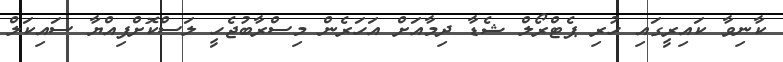
ކާނިވާ ކައިރީގައި ހުރި ޕެޓްރޯލް ޝެޑާ ދިމާއަށް އަހަރެން މިސްރާބުޖެހީ ލަސްކޮށްފިއްޔާ ސައިކަލް